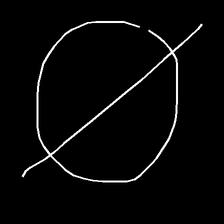
Glyph: orb